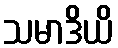
သမာဒိယိ